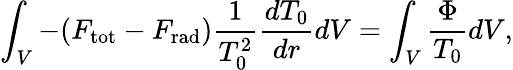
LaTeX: \int_{V}-(F_{\mathrm{tot}}-F_{\mathrm{rad}})\frac{1}{T_{0}^{2}}\frac{dT_{0}}{dr}dV=\int_{V}\frac{\Phi}{T_{0}}dV,